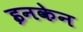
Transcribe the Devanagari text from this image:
इनकेन